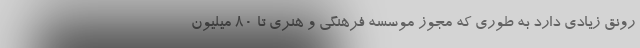
رونق زیادی دارد به طوری که مجوز موسسه فرهنگی و هنری تا ۸۰ میلیون